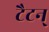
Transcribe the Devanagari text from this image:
टैटन्